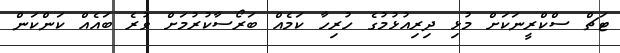
ޓަޗް ސްކްރީނަކަށް މުޅި ދިރިއުޅުމުގެ ހުރިހާ ކަމެއް ބަރޯސާކުރުމަށް ވުރެ ބައެއް ކަންކަން